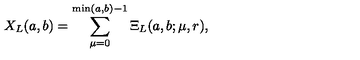
X _ { L } ( a , b ) = \sum _ { \mu = 0 } ^ { \min ( a , b ) - 1 } \Xi _ { L } ( a , b ; \mu , r ) ,